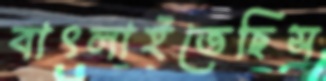
বাৎলাইতেছিস